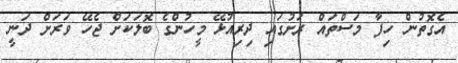
އެގޮތުން ހިފާ މަސްތައް ރަށުގައި ދިރިއުޅޭ މީހުންގެ ބޮލަކަށް ޖެހޭ ވަރަށް ދަނީ